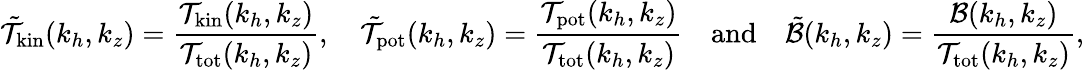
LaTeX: \tilde{\mathcal{T}}_{\mathrm{kin}}(k_{h},k_{z})=\frac{\mathcal{T}_{\mathrm{kin}}(k_{h},k_{z})}{\mathcal{T}_{\mathrm{tot}}(k_{h},k_{z})},~~~~\tilde{\mathcal{T}}_{\mathrm{pot}}(k_{h},k_{z})=\frac{\mathcal{T}_{\mathrm{pot}}(k_{h},k_{z})}{\mathcal{T}_{\mathrm{tot}}(k_{h},k_{z})}~~~~\mathrm{and}~~~~\tilde{\mathcal{B}}(k_{h},k_{z})=\frac{\mathcal{B}(k_{h},k_{z})}{\mathcal{T}_{\mathrm{tot}}(k_{h},k_{z})},